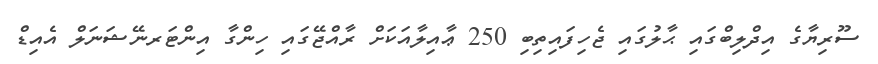
ސޫރިޔާގެ އިދްލިބްގައި ޙާލުގައި ޖެހިފައިތިބި 250 ޢާއިލާއަކަށް ރާއްޖޭގައި ހިންގާ އިންޓަރނޭޝަނަލް އެއިޑް